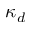
\kappa _ { d }